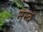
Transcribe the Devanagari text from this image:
नम्ब